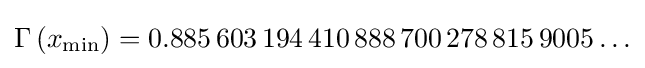
\Gamma \left(x_{\min }\right)=0.885\,603\,194\,410\,888\,700\,278\,815\,9005\ldots